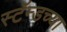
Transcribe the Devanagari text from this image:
स्टॅन्डच्या